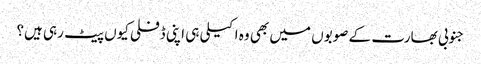
جنوبی بھارت کے صوبوں میں بھی وہ اکیلی ہی اپنی ڈفلی کیوں پیٹ رہی ہیں؟